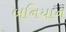
બનિયાન